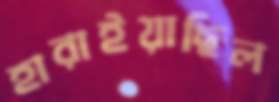
হারাইয়াছিল